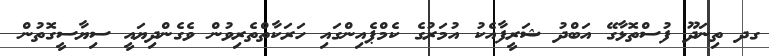
ގދ ތިނަދޫ ފުސްތޮޅާގޭ އަބްދު ޝަރީފާއެކު އުމަރުގެ ކެމްޕެއިންގައި ހަރަކާތްތެރިވުން ވެގެންދިޔައީ ސިޔާސީގޮތުން